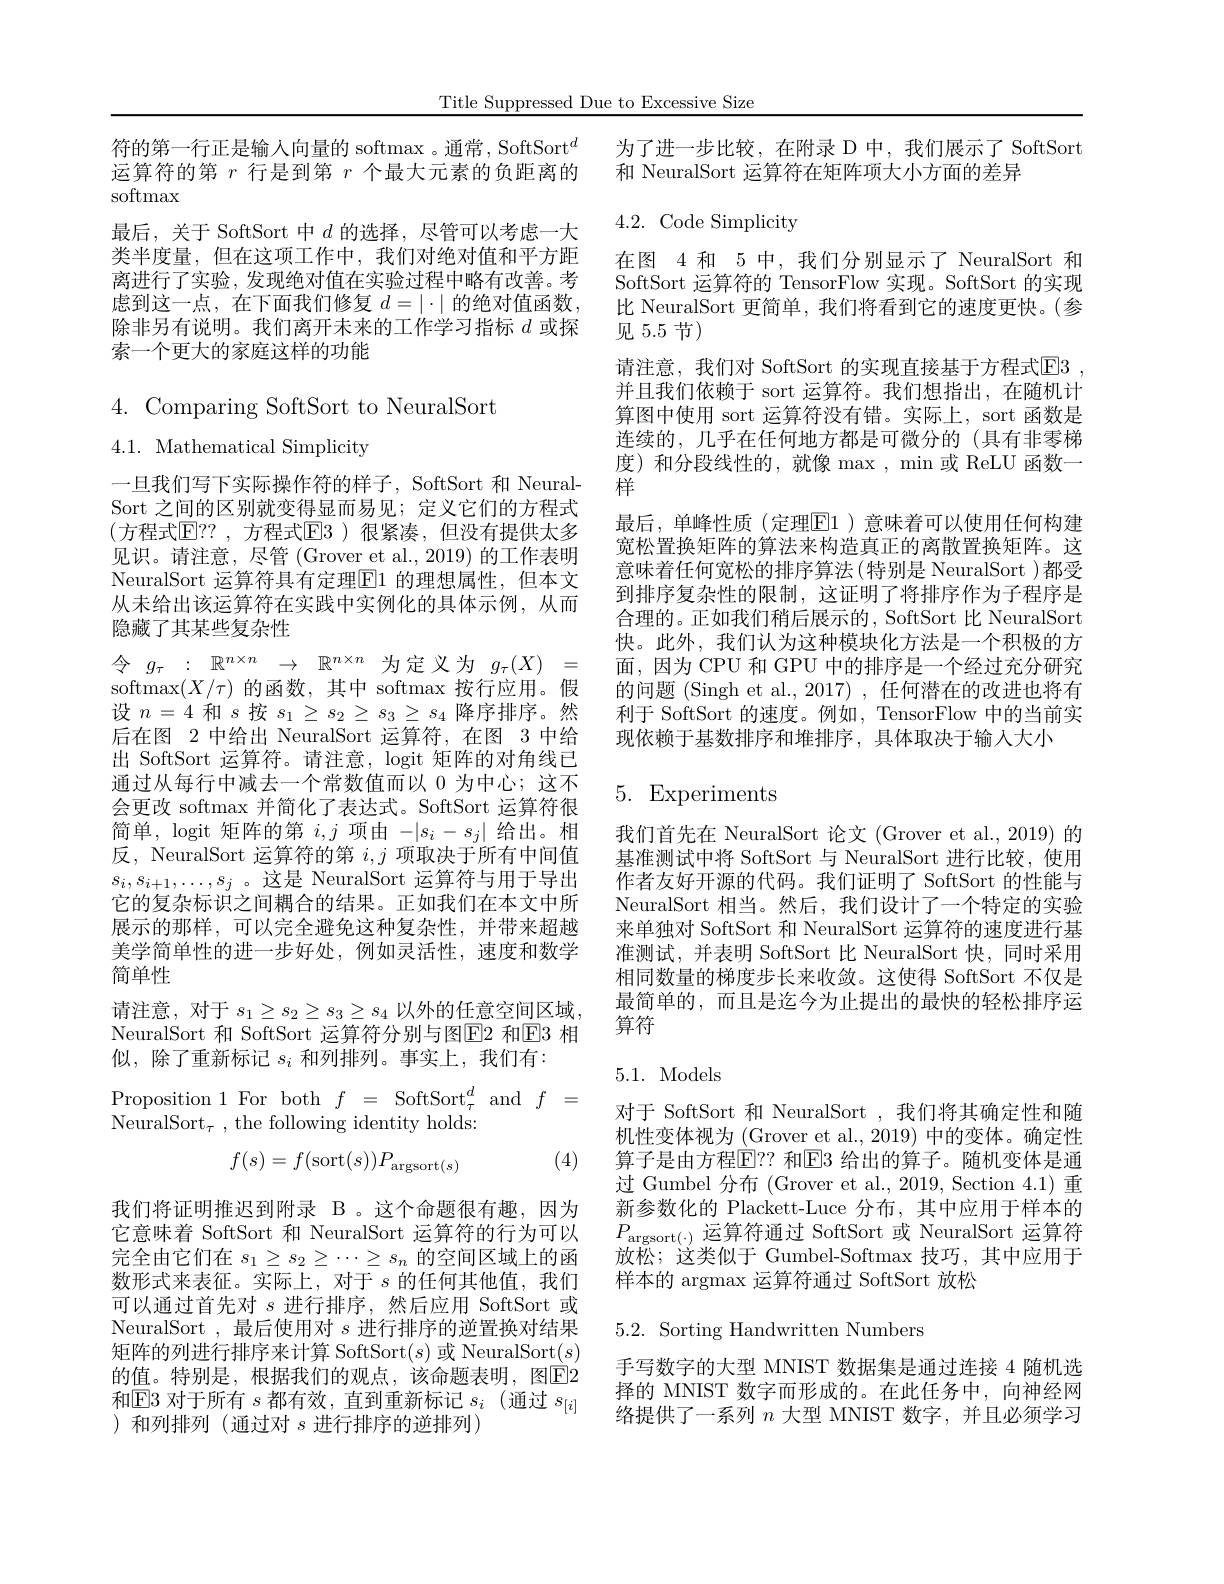
Title Suppressed Due to Excessive Size

符的第一行正是输入向量的 softmax 。通常，SoftSort$^{d}$ 运算符的第$r$行是到第$r$个最大元素的负距离的softmax
最后，关于 SoftSort 中$d$的选择，尽管可以考虑一大类半度量，但在这项工作中，我们对绝对值和平方距离进行了实验，发现绝对值在实验过程中略有改善。考虑到这一点，在下面我们修复$d=|\cdot|$的绝对值函数， 除非另有说明。我们离开未来的工作学习指标$d$或探索一个更大的家庭这样的功能

# 4.Comparing SoftSort to NeuralSort

4.1. Mathematical Simplicity

一旦我们写下实际操作符的样子，SoftSort 和 NeuralSort 之间的区别就变得显而易见；定义它们的方程式(方程式$\mathbb{E}$??,方程式$\mathbb{E}$3)很紧凑，但没有提供太多见识。请注意，尽管 (Grover et al., 2019) 的工作表明NeuralSort 运算符具有定理$\boxed{\mathrm{E}}1$ 的理想属性，但本文从未给出该运算符在实践中实例化的具体示例，从而隐藏了其某些复杂性
令$g_\tau:\mathbb{R}^{n\times n}\to\mathbb{R}^{n\times n}$为定义为$g_\tau(X)=$ softmax$(X/\tau)$的函数，其中 softmax 按行应用。假设$n=4$和$s$按$s_1\geq s_2\geq s_3\geq s_4$降序排序。然后在图 2 中给出 NeuralSort 运算符，在图 3 中给出 SoftSort 运算符。请注意，logit 矩阵的对角线已通过从每行中减去一个常数值而以 0 为中心；这不会更改 softmax 并简化了表达式。SoftSort 运算符很简单，logit 矩阵的第$i,j$项由$-|s_i-s_j|$给出。相反，NeuralSort 运算符的第$i,j$项取决于所有中间值$s_i,s_{i+1},\ldots,s_j$ 。这是 NeuralSort 运算符与用于导出它的复杂标识之间耦合的结果。正如我们在本文中所展示的那样，可以完全避免这种复杂性，并带来超越美学简单性的进一步好处，例如灵活性，速度和数学简单性
请注意，对于$s_1\geq s_2\geq s_3\geq s_4$以外的任意空间区域， NeuralSort 和 SoftSort 运算符分别与图E2 和$\overline{\mathrm{E}}$3 相似，除了重新标记$s_i$和列排列。事实上，我们有：
$\begin{array}{rcl}{\mathrm{Proposition~1~For~both~}f}&{=~\mathrm{SoftSort}_{\tau}^{d}~and~f}&{=}\end{array}$

NeuralSort$_\tau$, the following identity holds:
(4)
$$f(s)=f(\text{sort}(s))P_{\text{argsort}(s)}$$
我们将证明推迟到附录 B 。这个命题很有趣，因为它意味着 SoftSort 和 NeuralSort 运算符的行为可以完全由它们在$s_1\geq s_2\geq\cdots\geq s_n$的空间区域上的函数形式来表征。实际上，对于$s$的任何其他值，我们可以通过首先对$s$进行排序，然后应用 SoftSort 或NeuralSort ,最后使用对$s$进行排序的逆置换对结果矩阵的列进行排序来计算 SoftSort$(s)$或 NeuralSort$(s)$ 的值。特别是，根据我们的观点，该命题表明，图$\overline{\mathrm{E}}2$ 和$\textcircled{\text{E3 对于所有 }s\text{都有效，直到重新标记 }s}_i$(通过 $s_[i]$ )和列排列(通过对 $s$ 进行排序的逆排列)

为了进一步比较，在附录 D 中，我们展示了 SoftSort
和 NeuralSort 运算符在矩阵项大小方面的差异

4.2.Code Simplicity

在图 4 和 5 中，我们分别显示了 NeuralSort 和SoftSort 运算符的 TensorFlow 实现。SoftSort 的实现比 NeuralSort 更简单，我们将看到它的速度更快。(参见 5.5 节)
请注意，我们对 SoftSort 的实现直接基于方程式$\boxed{\mathrm{E} }3$ , 并且我们依赖于 sort 运算符。我们想指出，在随机计算图中使用 sort 运算符没有错。实际上，sort 函数是连续的，几乎在任何地方都是可微分的(具有非零梯度)和分段线性的，就像 max, min 或 ReLU 函数一样
最后，单峰性质(定理$\boxed{\mathrm{E}}1$)意味着可以使用任何构建宽松置换矩阵的算法来构造真正的离散置换矩阵。这意味着任何宽松的排序算法(特别是 NeuralSort )都受到排序复杂性的限制，这证明了将排序作为子程序是合理的。正如我们稍后展示的，SoftSort 比 NeuralSort 快。此外，我们认为这种模块化方法是一个积极的方面，因为 CPU 和 GPU 中的排序是一个经过充分研究的问题 (Singh et al., 2017) , 任何潜在的改进也将有利于 SoftSort 的速度。例如，TensorFlow 中的当前实现依赖于基数排序和堆排序，具体取决于输人大小

# 5. Experiments

我们首先在 NeuralSort 论文 (Grover et al.,2019) 的基准测试中将 SoftSort 与 NeuralSort 进行比较，使用作者友好开源的代码。我们证明了 SoftSort 的性能与NeuralSort 相当。然后，我们设计了一个特定的实验来单独对 SoftSort 和 NeuralSort 运算符的速度进行基准测试，并表明 SoftSort 比 NeuralSort 快，同时采用相同数量的梯度步长来收敛。这使得 SoftSort 不仅是最简单的，而且是迄今为止提出的最快的轻松排序运算符

## 5.1. Models

对于 SoftSort 和 NeuralSort ,我们将其确定性和随机性变体视为 (Grover et al.,2019) 中的变体。确定性算子是由方程$\boxed{\mathrm{F}}??$ 和$\boxed{\mathrm{E}}3$ 给出的算子。随机变体是通过 Gumbel 分布 (Grover et al., 2019, Section 4.1) 重新参数化的 Plackett-Luce 分布，其中应用于样本的$P_{\mathrm{argsort}(\cdot)\text{ 运算符通过 SoftSort 或 NeuralSort 运算符}}$ 放松；这类似于 Gumbel-Softmax 技巧，其中应用于样本的 argmax 运算符通过 SoftSort 放松

5.2. Sorting Handwritten Numbers

手写数字的大型 MNIST 数据集是通过连接 4 随机选择的 MNIST 数字而形成的。在此任务中，向神经网络提供了一系列$n$大型 MNIST 数字，并且必须学习